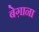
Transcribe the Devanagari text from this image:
बेग़ाना